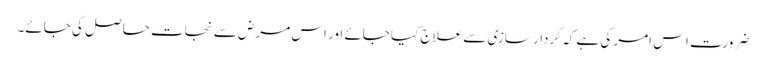
ضرورت اس امر کی ہے کہ کردار سازی سے علاج کیا جائے اور اس مرض سے نجات حاصل کی جائے۔